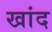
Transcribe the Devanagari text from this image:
खांद